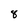
Character: 8